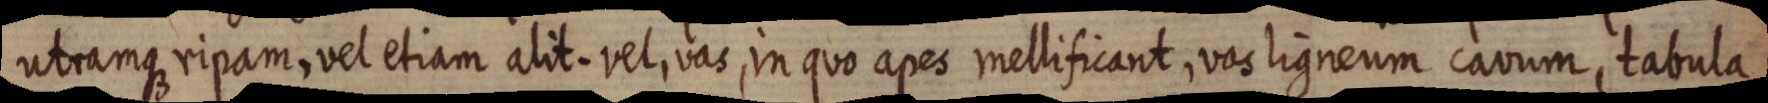
utramque ripam, vel etiam alit. vel, vas, in quo apes mellificant, vas ligneum cavum, tabula